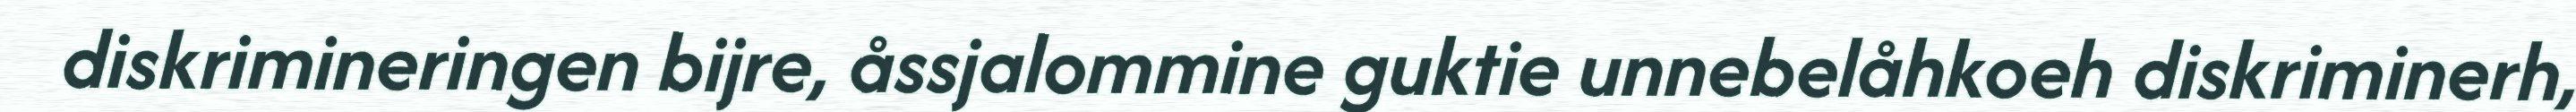
diskrimineringen bijre, åssjalommine guktie unnebelåhkoeh diskriminerh,